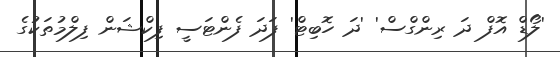
'ލޯޑް އޮފް ދަ ރިންގްސް' 'ދަ ހޮބިޓް' ފަދަ ފެންޓަސީ ފިކްޝަން ފިލްމުތަކުގެ